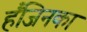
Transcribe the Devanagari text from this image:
हैंजिनका